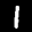
Label: 1